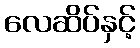
လေဆိပ်နှင့်